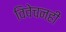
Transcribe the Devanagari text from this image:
विवेचनही